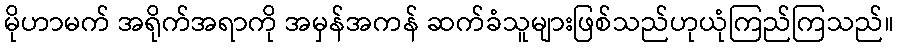
မိုဟာမက် အရိုက်အရာကို အမှန်အကန် ဆက်ခံသူများဖြစ်သည်ဟုယုံကြည်ကြသည်။